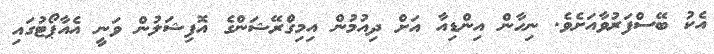
އެކު ބޭސްފަރުވާއަށެވެ. ނިހާން އިންޑިއާ އަށް ދިއުމުން އިމިގްރޭޝަންގެ އޮފިޝަލުން ވަނީ އެއާޕޯޓުގައި